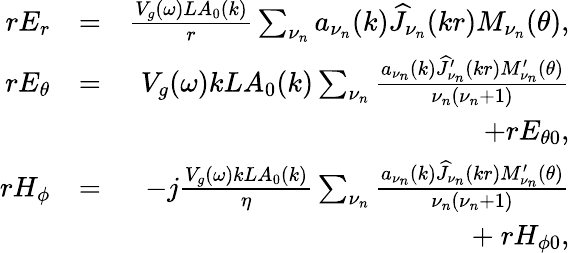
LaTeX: \begin{array}{rlr}{rE_{r}}&{=}&{\frac{V_{g}(\omega)LA_{0}(k)}{r}\sum_{\nu_{n}}a_{\nu_{n}}(k)\widehat{J}_{\nu_{n}}(kr)M_{\nu_{n}}(\theta),}\\ {rE_{\theta}}&{=}&{V_{g}(\omega)kLA_{0}(k)\sum_{\nu_{n}}\frac{a_{\nu_{n}}(k)\widehat{J}_{\nu_{n}}^{\prime}(kr)M_{\nu_{n}}^{\prime}(\theta)}{\nu_{n}(\nu_{n}+1)}}\\ &{}&{+rE_{\theta 0},}\\ {rH_{\phi}}&{=}&{-j\frac{V_{g}(\omega)kLA_{0}(k)}{\eta}\sum_{\nu_{n}}\frac{a_{\nu_{n}}(k)\widehat{J}_{\nu_{n}}(kr)M_{\nu_{n}}^{\prime}(\theta)}{\nu_{n}(\nu_{n}+1)}}\\ &{}&{+\ rH_{\phi 0},}\end{array}